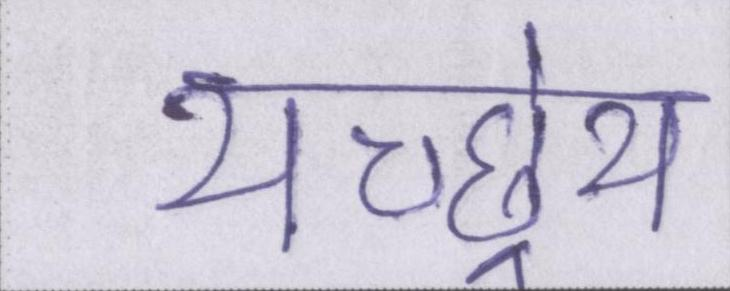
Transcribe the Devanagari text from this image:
यच्छ्रेय